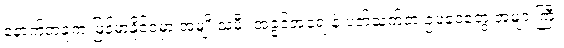
နောက်တခုက မြန်မာနိုင်ငံမှာ အမျိုးသမီး အခွင့်အရေးနဲ့ ပတ်သက်တဲ့ ဥပဒေတွေ အများကြီး